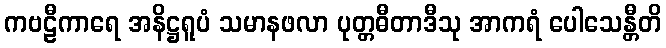
ကဗဠီကာရေ အနိဋ္ဌရူပံ သမာနဖလာ ပုတ္တဓီတာဒီသု အာကရံ ပေါသေန္တီတိ